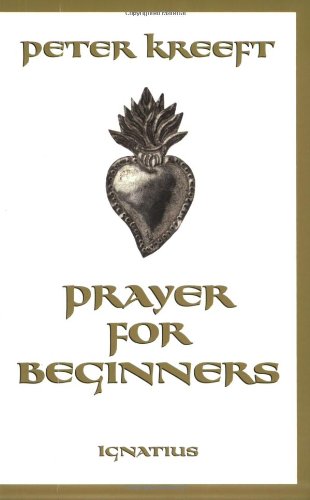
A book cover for Prayer For Beginners; Peter Kreeft; Christian Books & Bibles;